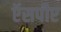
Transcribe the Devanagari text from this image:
ऍसपीए